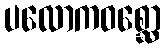
ပလောကဝစ္ဆော